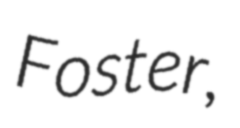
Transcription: Foster,